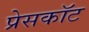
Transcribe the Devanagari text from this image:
प्रेसकॉट